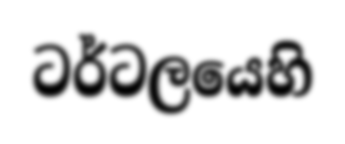
ටර්ටලයෙහි